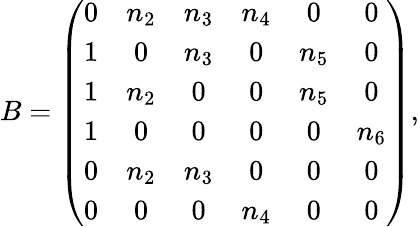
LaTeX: \begin{array}{r}{B=\left(\begin{array}{cccccc}{0}&{n_{2}}&{n_{3}}&{n_{4}}&{0}&{0}\\ {1}&{0}&{n_{3}}&{0}&{n_{5}}&{0}\\ {1}&{n_{2}}&{0}&{0}&{n_{5}}&{0}\\ {1}&{0}&{0}&{0}&{0}&{n_{6}}\\ {0}&{n_{2}}&{n_{3}}&{0}&{0}&{0}\\ {0}&{0}&{0}&{n_{4}}&{0}&{0}\end{array}\right),}\end{array}